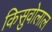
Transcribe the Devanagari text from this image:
किसुवोलाल